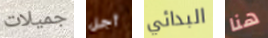
جميلات أجل البدائي هنا